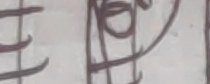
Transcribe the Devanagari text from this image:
हपल